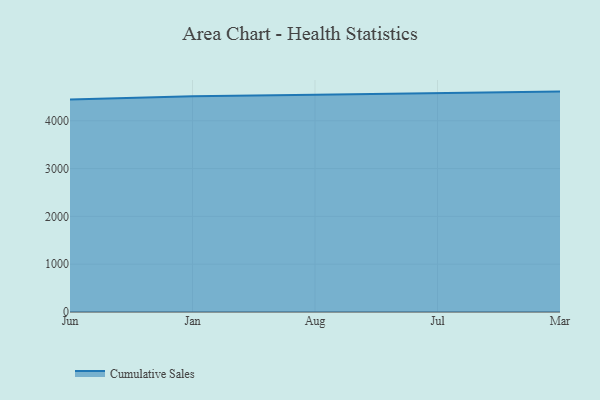
{"axis": {"x": "Month", "y": "Inventory Turnover"}, "legend": ["Cumulative Sales"], "data": [{"x": "Jun", "y": 4445.9, "type": "Cumulative Sales"}, {"x": "Jan", "y": 4510.4, "type": "Cumulative Sales"}, {"x": "Aug", "y": 4544.5, "type": "Cumulative Sales"}, {"x": "Jul", "y": 4578.6, "type": "Cumulative Sales"}, {"x": "Mar", "y": 4609.8, "type": "Cumulative Sales"}]}